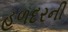
હળદરની